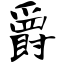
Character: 爵